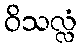
ဝိသလ္လံ